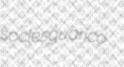
socles guarico